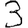
Digit: 3